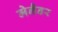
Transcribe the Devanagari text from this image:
मेनैडर